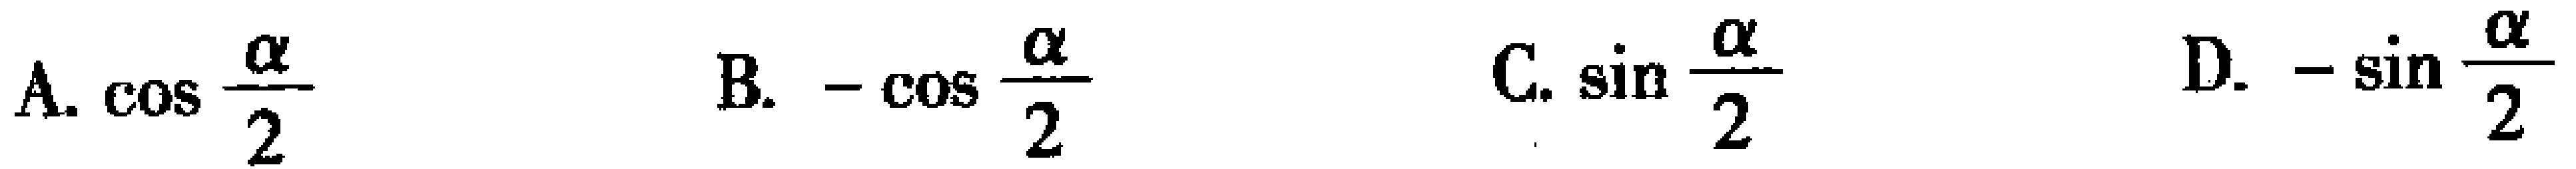
A. $\cos\frac{\alpha}{2}$  B. $-\cos\frac{\alpha}{2}$  C. $\sin\frac{\alpha}{2}$  D. $-\sin\frac{\alpha}{2}$